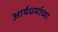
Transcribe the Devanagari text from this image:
आर्यधर्माच्या